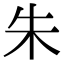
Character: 朱